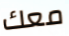
معك